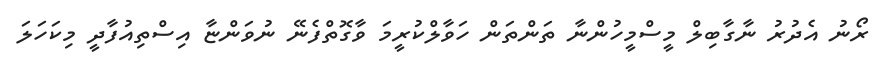
ރޯނު އެދުރު ނާގާބިލް މީސްމީހުންނާ ތަންތަން ހަވާލްކުރީމަ ވާގޮތްފެނޭ ނުވަންޏާ އިސްތިއުފާދީ މިކަހަލަ